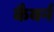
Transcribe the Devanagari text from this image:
कैवर्न